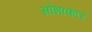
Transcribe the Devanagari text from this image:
सोभाकार